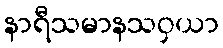
နာရီသမာနသဝှယာ